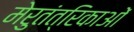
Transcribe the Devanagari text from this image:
मेरुतंत्रिकाओं